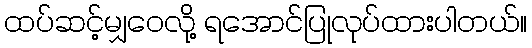
ထပ်ဆင့်မျှဝေလို့ ရအောင်ပြုလုပ်ထားပါတယ်။